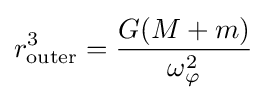
r_{\mathrm {outer} }^{3}={\frac {G(M+m)}{\omega _{\varphi }^{2}}}